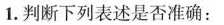
1.判断下列表述是否准确：